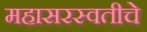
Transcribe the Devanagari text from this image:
महासरस्वतीचे